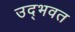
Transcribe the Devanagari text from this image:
उद्‌भवत